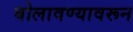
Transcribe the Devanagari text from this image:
बोलावण्यावरून